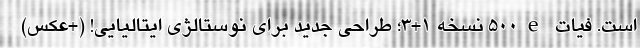
است. فیات 500e نسخه 1+3؛ طراحی جدید برای نوستالژی ایتالیایی! (+عکس)